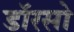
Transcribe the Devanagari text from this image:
डॉरसो